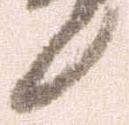
候